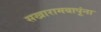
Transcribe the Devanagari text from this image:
सखारामबापूंना